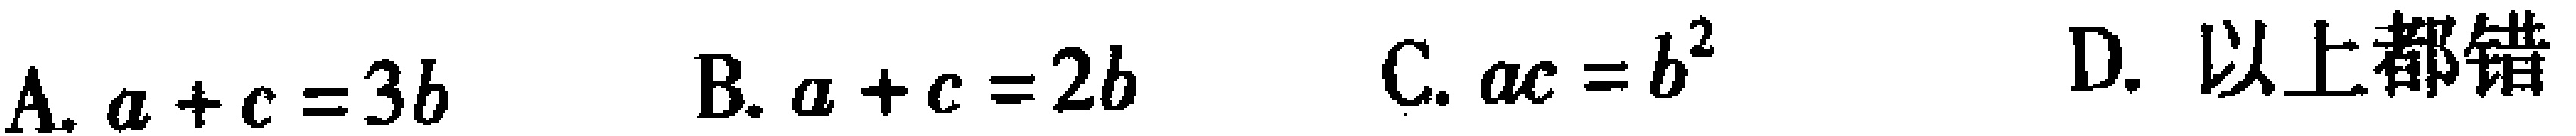
A. \(a + c = 3b\)  B. \(a + c = 2b\)  C. \(ac = b^{2}\)  D. 以上都错